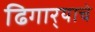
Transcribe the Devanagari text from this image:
ढिगार्‍याचे